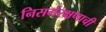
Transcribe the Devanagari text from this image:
निसर्गरक्षणाची